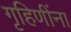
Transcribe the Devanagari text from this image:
गृहिणींना